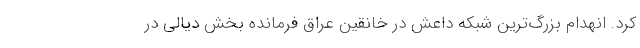
کرد. انهدام بزرگ‌ترین شبکه داعش در خانقین عراق فرمانده بخش دیالی در